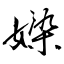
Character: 媣